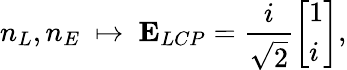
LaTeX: n_{L},n_{E}\ \mapsto\ \mathbf{{E}}_{LCP}=\frac{i}{\sqrt{2}}\left[\begin{array}{l}{1}\\ {i}\end{array}\right],